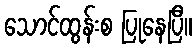
သောင်ထွန်းစ ပြုနေပြီ။